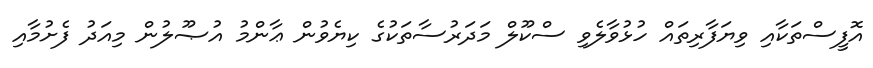
އޮފީސްތަކާއި ވިޔަފާރިތައް ހުޅުވާލެވި ސްކޫލް މަދަރުސާތަކުގެ ކިޔެވުން ޢާންމު އުޞޫލުން މިއަދު ފެށުމާއި